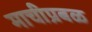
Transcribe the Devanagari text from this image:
माचीप्रबळ